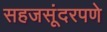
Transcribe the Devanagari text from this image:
सहजसूंदरपणे